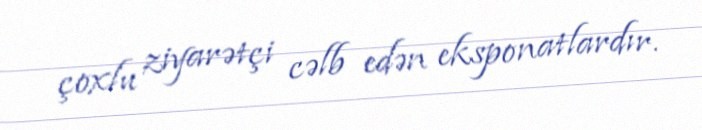
çoxlu ziyarətçi cəlb edən eksponatlardır.